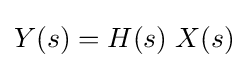
Y(s)=H(s)\;X(s)